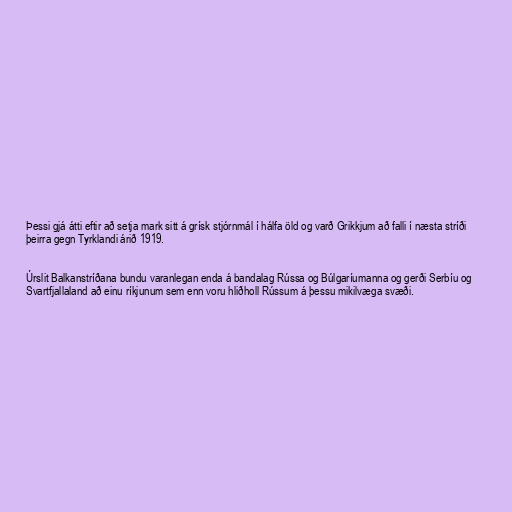
Þessi gjá átti eftir að setja mark sitt á grísk stjórnmál í hálfa öld og varð Grikkjum að falli í næsta stríði
þeirra gegn Tyrklandi árið 1919.

Úrslit Balkanstríðana bundu varanlegan enda á bandalag Rússa og Búlgaríumanna og gerði Serbíu og
Svartfjallaland að einu ríkjunum sem enn voru hliðholl Rússum á þessu mikilvæga svæði.